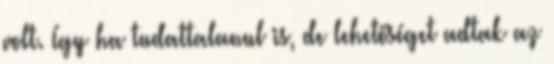
volt. Így ha tudattalanul is, de lehetőséget adtak az